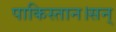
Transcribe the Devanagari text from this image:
पाकिस्तान।सन्